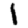
Digit: 1